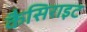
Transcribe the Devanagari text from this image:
कैसिराइट